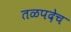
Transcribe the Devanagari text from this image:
तळपदेच